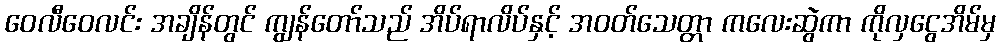
ဝေလီဝေလင်း အချိန်တွင် ကျွန်တော်သည် အိပ်ရာလိပ်နှင့် အဝတ်သေတ္တာ ကလေးဆွဲကာ ကိုလှငွေအိမ်မှ